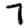
Digit: 7